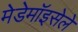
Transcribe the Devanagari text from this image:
मेडेमॉइसेले